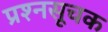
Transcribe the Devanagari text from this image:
प्रश्नसूचक